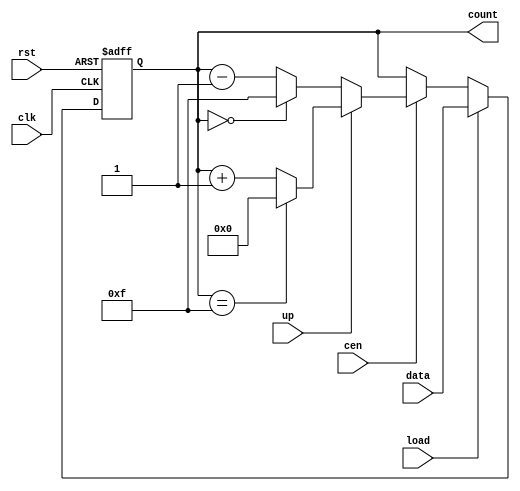
module synchronous_load_counter #(
    parameter WIDTH = 4,          // Width of the counter (number of bits)
    parameter MAX_COUNT = 15      // Maximum count value for wrap-around in up counting
) (
    input wire clk,               // Clock input
    input wire rst,               // Asynchronous reset
    input wire load,              // Load control signal
    input wire [WIDTH-1:0] data,  // Data input for loading
    input wire cen,               // Count enable
    input wire up,                // Count direction (1 for up, 0 for down)
    output reg [WIDTH-1:0] count  // Current count output
);

    // Asynchronous reset logic
    always @(posedge clk or posedge rst) begin
        if (rst) begin
            count <= 0; // Reset the counter to 0
        end else if (load) begin
            count <= data; // Load the data into the counter
        end else if (cen) begin
            if (up) begin
                if (count == MAX_COUNT) begin
                    count <= 0; // Wrap around to 0
                end else begin
                    count <= count + 1; // Increment the counter
                end
            end else begin
                if (count == 0) begin
                    count <= MAX_COUNT; // Wrap around to MAX_COUNT
                end else begin
                    count <= count - 1; // Decrement the counter
                end
            end
        end
    end

endmodule